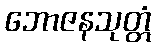
ဘောဇနသုတ္တံ